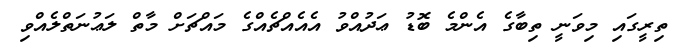
ތިރީގައި މިވަނީ ތިބާގެ އެންމެ ބޮޑު ޢަދުއްވު އެއެއްޗެއްގެ މައްޗަށް މާތް ލަޢުނަތްލެއްވި